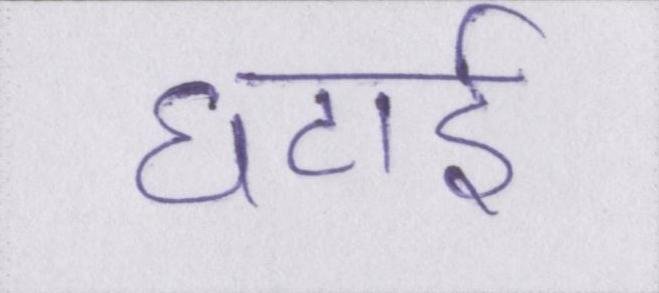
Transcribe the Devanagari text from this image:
घटाई